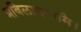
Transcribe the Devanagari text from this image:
प्रविलापयामि।